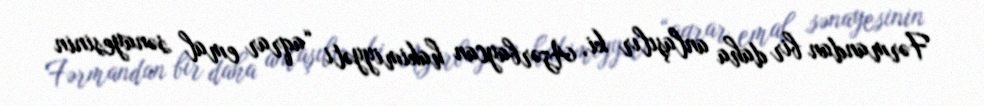
Fərmandan bir daha anlaşılır ki, Azərbaycan hakimiyyəti “aqrar emal sənayesinin